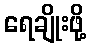
ရေချိုးဖို့